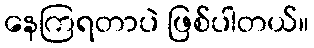
နေကြရတာပဲ ဖြစ်ပါတယ်။